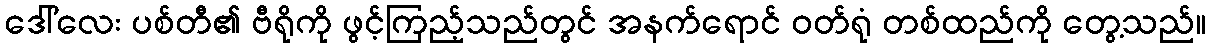
ဒေါ်လေး ပစ်တီ၏ ဗီရိုကို ဖွင့်ကြည့်သည်တွင် အနက်ရောင် ဝတ်ရုံ တစ်ထည်ကို တွေ့သည်။